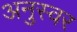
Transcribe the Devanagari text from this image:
अनुस्वर